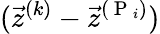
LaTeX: (\vec{z}^{(k)}-\vec{z}^{(\mathrm{~P~}_{i})})